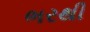
ભરથી